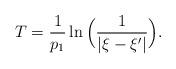
LaTeX: \begin{align*}T=\frac{1}{p_{1}}\ln\Big(\frac{1}{|\xi-\xi'|}\Big).\end{align*}